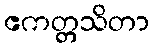
ဧကတ္တသိတာ